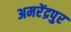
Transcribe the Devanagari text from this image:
अमरेंद्रपुर